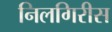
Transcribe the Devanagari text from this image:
निलगिरीस